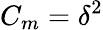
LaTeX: C_{m}=\delta^{2}